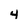
Character: 4